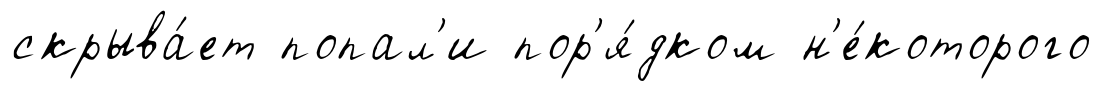
скрыва́ет попал'и пор'я́дком н'е́которого